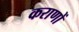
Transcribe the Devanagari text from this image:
कराणों